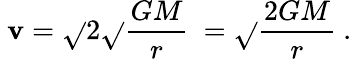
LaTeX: \ \mathbf{v}={\sqrt{}{{2}}}{\sqrt{}{{{\frac{{GM}}{{r}}}\ }}}={\sqrt{}{{{\frac{{2GM}}{{r}}}\ }}}.